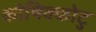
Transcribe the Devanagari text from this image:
कोषिक्कोटु